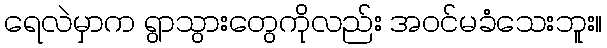
ရေလဲမှာက ရွာသွားတွေကိုလည်း အဝင်မခံသေးဘူး။